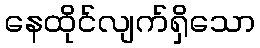
နေထိုင်လျက်ရှိသော